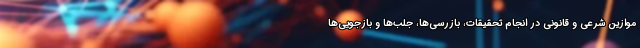
موازین شرعی و قانونی در انجام تحقیقات، بازرسی‌ها، جلب‌ها و بازجویی‌ها